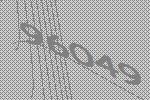
96049